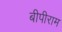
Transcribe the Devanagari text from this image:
बीपीराम